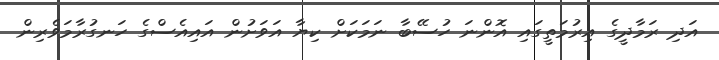
އަދި ރަމާދީގެ އިރުމަތީގައި އޮންނަ ހުސޭބާ ނަމަކަށް ކިޔާ އަވަށުން އައިއެސްގެ ހަނގުރާމަވެރިން